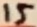
Text: 15